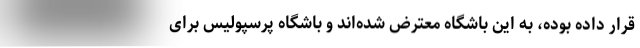
قرار داده بوده، به این باشگاه معترض شده‌‌اند و باشگاه پرسپولیس برای